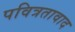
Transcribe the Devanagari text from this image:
पवित्रतावाद